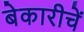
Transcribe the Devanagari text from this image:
बेकारीचें